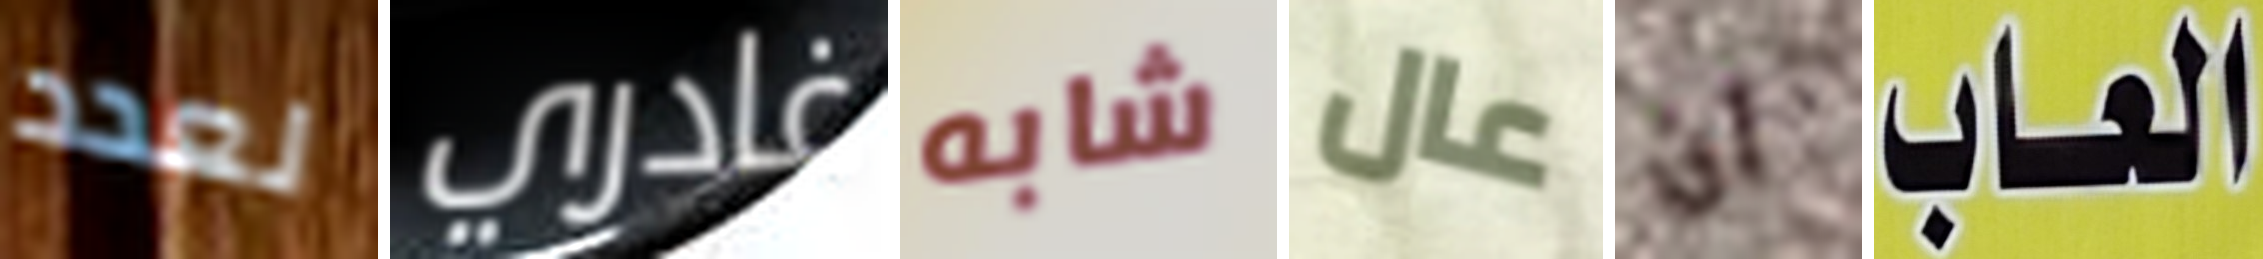
لعدد غادري شابه عال ان العاب